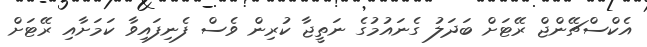
އެކްސްޗޭންޖް ރޭޓަށް ބަދަލު ގެނައުމުގެ ނަތީޖާ ކުރިން ވެސް ފެނިފައިވާ ކަމަށާއި ރޭޓަށް